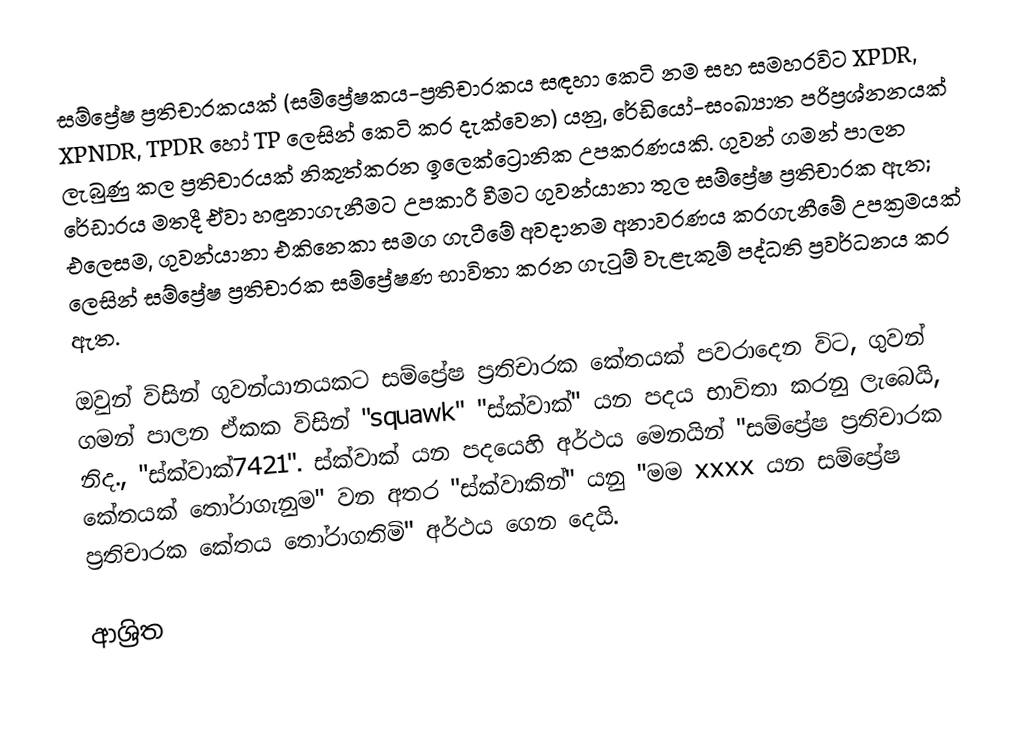
සම්ප්‍රේෂ ප්‍රතිචාරකයක් (සම්ප්‍රේෂකය-ප්‍රතිචාරකය සඳහා කෙටි නම සහ සමහරවිට XPDR, XPNDR, TPDR හෝ TP ලෙසින් කෙටි කර දැක්වෙන) යනු, රේඩියෝ-සංඛ්‍යාත පරිප්‍රශ්නනයක්  ලැබුණු කල ප්‍රතිචාරයක් නිකුත්කරන ඉලෙක්ට්‍රොනික උපකරණයකි. ගුවන් ගමන් පාලන  රේඩාරය මතදී ඒවා හඳුනාගැනීමට උපකාරී වීම‍ට ගුවන්යානා තුල සම්ප්‍රේෂ ප්‍රතිචාරක ඇත; එලෙසම, ගුවන්යානා එකිනෙකා සමග ගැටීමේ අවදානම අනාවරණය කරගැනීමේ උපක්‍රමයක් ලෙසින් සම්ප්‍රේෂ ප්‍රතිචාරක  සම්ප්‍රේෂණ භාවිතා කරන ගැටුම් වැළැකුම් පද්ධති ප්‍රවර්ධනය කර ඇත.

ඔවුන් විසින් ගුවන්යානයකට සම්ප්‍රේෂ ප්‍රතිචාරක කේතයක් ‍පවරාදෙන විට,  ගුවන් ගමන් පාලන ඒකක විසින් "squawk" "ස්ක්වාක්" යන පදය භාවිතා කරනු ලැබෙයි, නිද., "ස්ක්වාක්7421".  ස්ක්වාක් යන පදයෙහි අර්ථය මෙනයින් "සම්ප්‍රේෂ ප්‍රතිචාරක කේතයක් තෝරාගැනුම" වන අතර "ස්ක්වාකින්" යනු "මම  xxxx යන සම්ප්‍රේෂ ප්‍රතිචාරක කේතය තෝරාගතිමි" අර්ථය ගෙන දෙයි.

ආශ්‍රිත